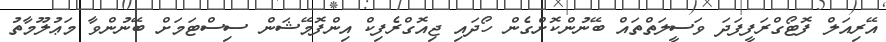
އޭރިއަލް ފޮޓޯގްރަފީފަދަ ވަސީލަތްތައް ބޭނުންކޮށްގެން ހޯދައި ޖިއޮގްރެފިކް އިންފޮމޭޝަން ސިސްޓަމަށް ބޭނުންވާ މަޢުލޫމާތު